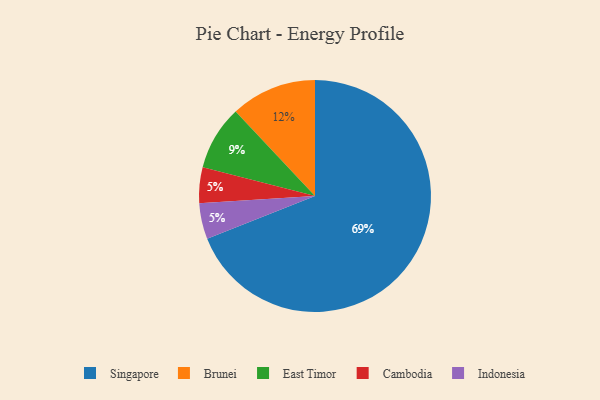
{"axis": {"x": "Category", "y": "Percentage"}, "legend": ["Brunei", "Cambodia", "East Timor", "Indonesia", "Singapore"], "data": [{"x": "Cambodia", "y": 5, "type": "Cambodia"}, {"x": "East Timor", "y": 9, "type": "East Timor"}, {"x": "Brunei", "y": 12, "type": "Brunei"}, {"x": "Singapore", "y": 69, "type": "Singapore"}, {"x": "Indonesia", "y": 5, "type": "Indonesia"}]}